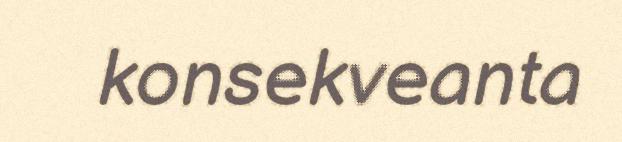
konsekveanta